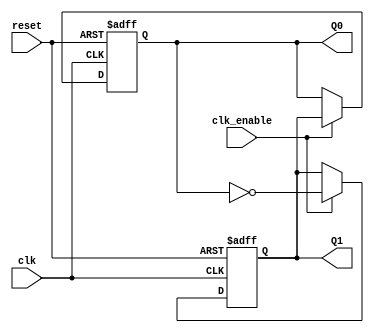
module dual_stage_johnson_counter (
    input wire clk,            // Clock input
    input wire reset,          // Asynchronous reset input
    input wire clk_enable,     // Clock enable input (optional)
    output reg Q1,            // Output of the first flip-flop
    output reg Q0             // Output of the second flip-flop
);

// Always block triggered on the rising edge of the clock or reset
always @(posedge clk or posedge reset) begin
    if (reset) begin
        // Reset the counter to 00
        Q1 <= 1'b0;
        Q0 <= 1'b0;
    end else if (clk_enable) begin
        // Johnson counter state transition
        Q1 <= ~Q0;  // Feedback inverted from Q0 to Q1
        Q0 <= Q1;   // Q0 takes the value of Q1
    end
end

endmodule